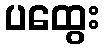
ပထွေး